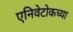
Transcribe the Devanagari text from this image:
एनिवेटोकच्या